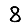
Digit: 8